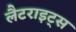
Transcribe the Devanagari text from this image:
लैटराइट्स